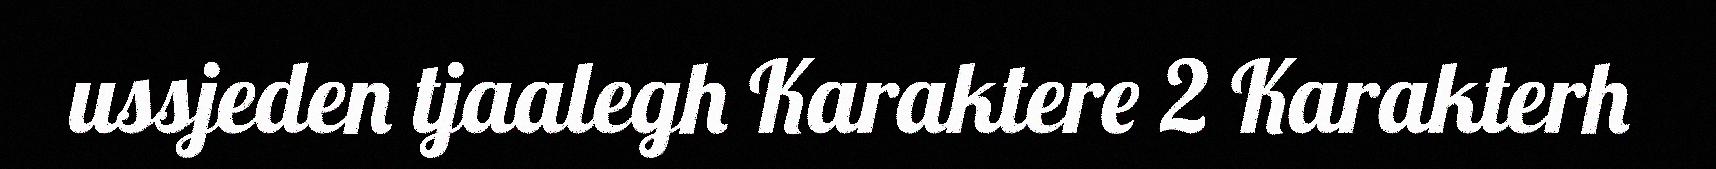
ussjeden tjaalegh Karaktere 2 Karakterh